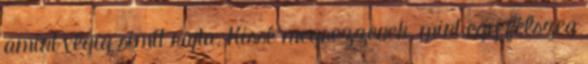
amint végig simít rajta. Kissé megrezzenek, mint egy félszeg